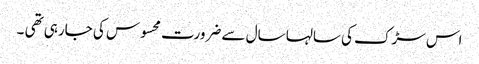
اس سڑک کی سالہا سال سے ضرورت محسوس کی جارہی تھی ۔